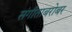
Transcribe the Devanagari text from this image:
संगीताबरोबर